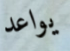
يواعد